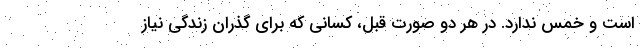
است و خمس ندارد. در هر دو صورت قبل، کسانی که برای گذران زندگی نیاز